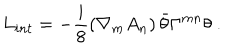
LaTeX: L _ { i n t } = - \frac { i } { 8 } \left( { \nabla } _ { m } { A _ { n } } \right) \bar { \theta } { \Gamma } ^ { m n } { \theta } \ .